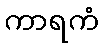
ကာရကံ